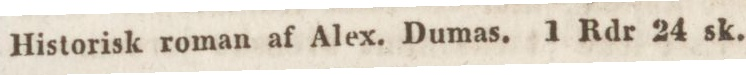
Historisk roman af Alex. Dumas. 1 Rdr 24 sk.